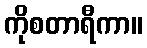
ကိုစတာရီကာ။